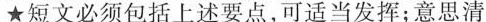
★短文必须包括上述要点，可适当发挥:意思清